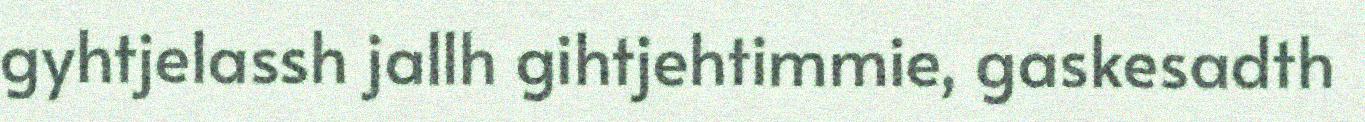
gyhtjelassh jallh gihtjehtimmie, gaskesadth